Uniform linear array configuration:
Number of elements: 32
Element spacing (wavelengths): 0.25
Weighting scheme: kaiser
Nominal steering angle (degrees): -60
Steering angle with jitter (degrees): -60.427
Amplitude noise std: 0.05
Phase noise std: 0.05

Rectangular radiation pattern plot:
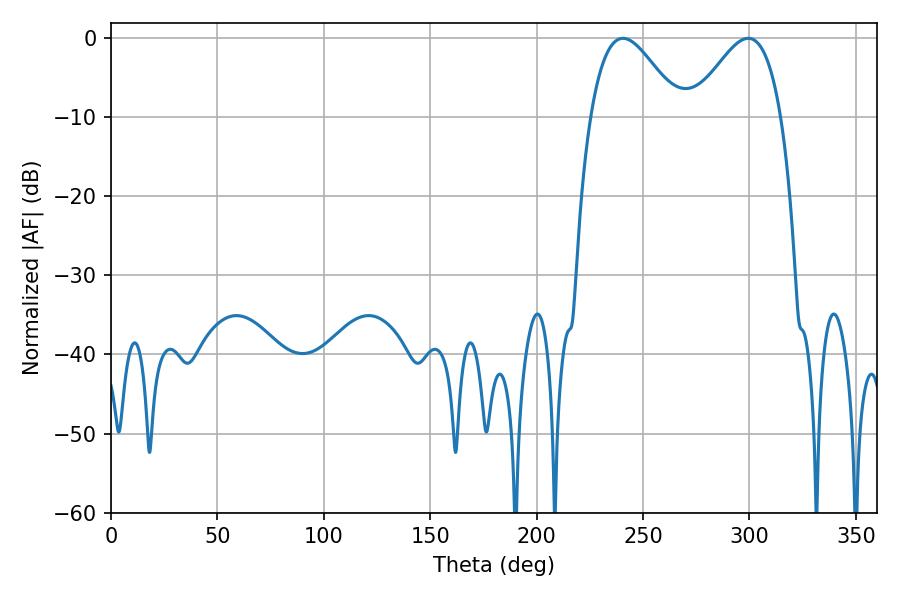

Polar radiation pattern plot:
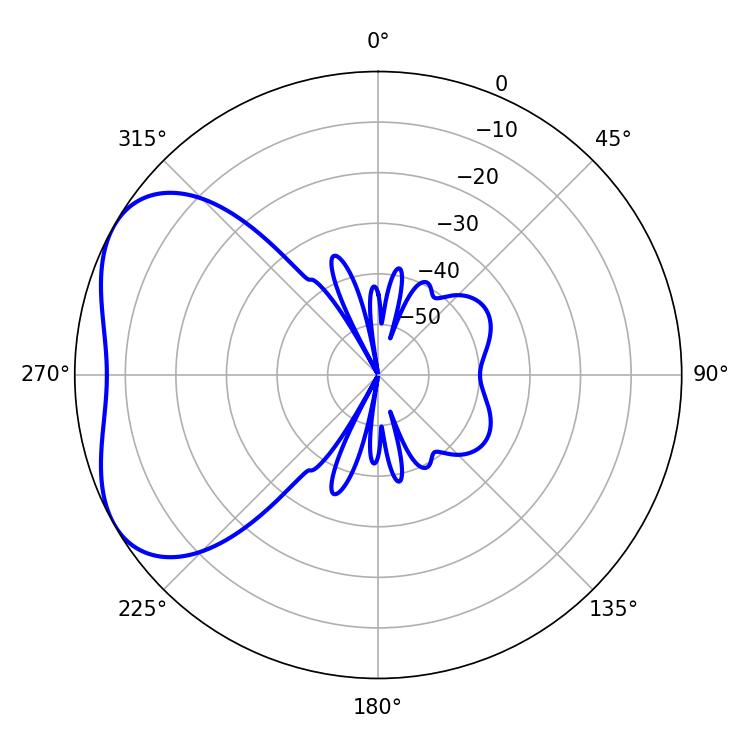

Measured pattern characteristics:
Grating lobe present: FALSE
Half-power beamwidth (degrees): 22.32
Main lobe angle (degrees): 240.48